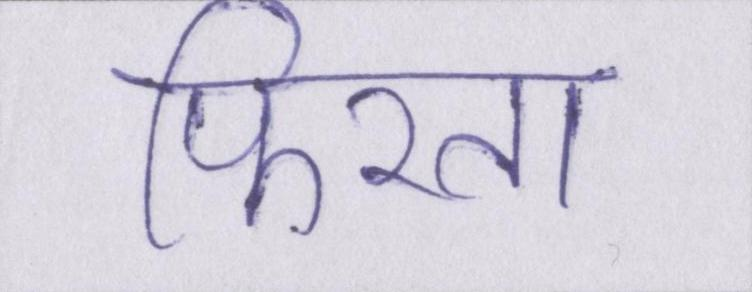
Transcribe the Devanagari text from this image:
फिरता